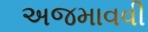
અજમાવવી